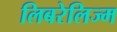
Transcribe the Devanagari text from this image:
लिबरेलिज्म